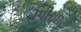
કૉપીરાઈટ